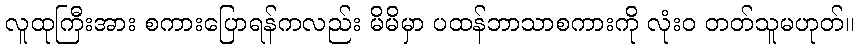
လူထုကြီးအား စကားပြောရန်ကလည်း မိမိမှာ ပထန်ဘာသာစကားကို လုံးဝ တတ်သူမဟုတ်။